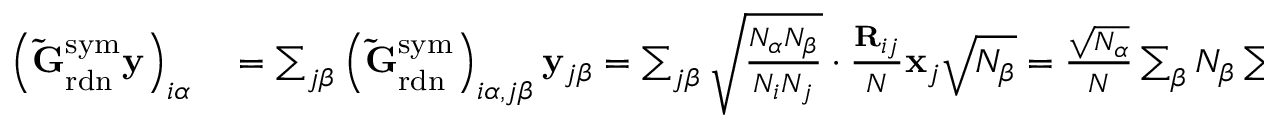
\begin{array} { r l } { \left( \mathbf { \tilde { G } } _ { \mathrm { r d n } } ^ { \mathrm { s y m } } \mathbf { y } \right) _ { i \alpha } } & { { } = \sum _ { j \beta } \left( \mathbf { \tilde { G } } _ { \mathrm { r d n } } ^ { \mathrm { s y m } } \right) _ { i \alpha , j \beta } \mathbf { y } _ { j \beta } = \sum _ { j \beta } \sqrt { \frac { N _ { \alpha } N _ { \beta } } { N _ { i } N _ { j } } } \cdot \frac { \mathbf { R } _ { i j } } { N } \mathbf { x } _ { j } \sqrt { N _ { \beta } } = \frac { \sqrt { N _ { \alpha } } } { N } \sum _ { \beta } N _ { \beta } \sum _ { j } \mathbf { \tilde { C } } _ { i j } ^ { \mathrm { s y m } } \mathbf { x } _ { j } } \end{array}